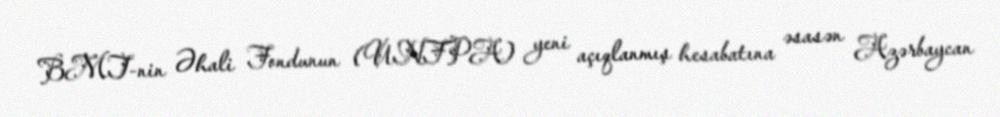
BMT-nin Əhali Fondunun (UNFPA) yeni açıqlanmış hesabatına əsasən Azərbaycan